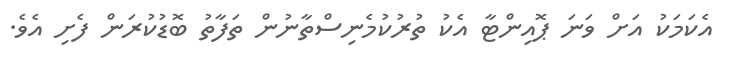
އެކަމަކު އަށް ވަނަ ޕޮއިންޓާ އެކު ތުރުކުމެނިސްތާނުން ތަފާތު ބޮޑުކުރަން ފެށި އެވެ.